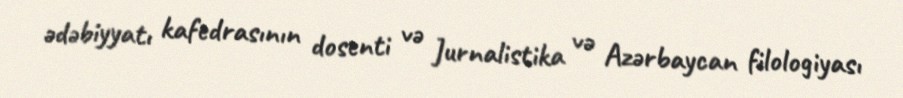
ədəbiyyatı kafedrasının dosenti və Jurnalistika və Azərbaycan filologiyası